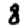
Digit: 8